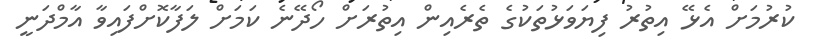
ކުރުމަށް އެޅޭ އިތުރު ފިޔަވަޅުތަކުގެ ތެރެއިން އިތުރަށް ހޯދޭނެ ކަމަށް ލަފާކޮށްފައިވާ އާމްދަނީ